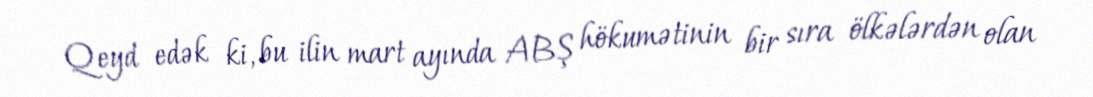
Qeyd edək ki, bu ilin mart ayında ABŞ hökumətinin bir sıra ölkələrdən olan